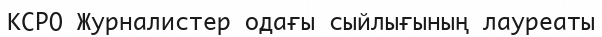
КСРО Журналистер одағы сыйлығының лауреаты